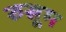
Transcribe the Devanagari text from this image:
रुसूम